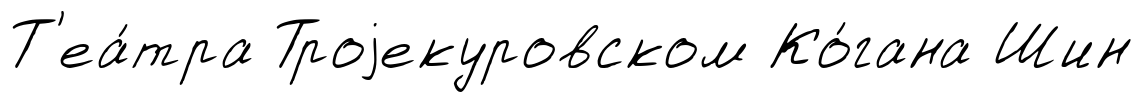
Т'еа́тра Троjекуровском Ко́гана Шин